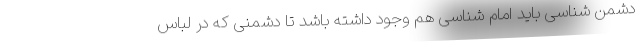
دشمن شناسی باید امام شناسی هم وجود داشته باشد تا دشمنی که در لباس